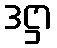
ဒဋ္ဌာ